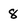
Character: 8